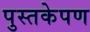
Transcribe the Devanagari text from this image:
पुस्तकेपण